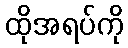
ထိုအရပ်ကို